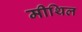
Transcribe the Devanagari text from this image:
मीथिल